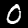
Digit: 0